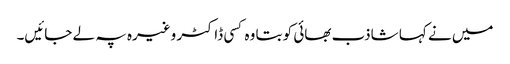
میں نے کہا شاذب بھائی کو بتا وہ کسی ڈاکٹر وغیرہ پہ لے جائیں۔